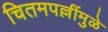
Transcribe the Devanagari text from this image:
चितमपल्लींमुळे